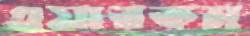
এয়ারকম